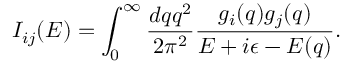
I _ { i j } ( E ) = \int _ { 0 } ^ { \infty } \frac { d q q ^ { 2 } } { 2 \pi ^ { 2 } } \frac { g _ { i } ( q ) g _ { j } ( q ) } { E + i \epsilon - E ( q ) } .